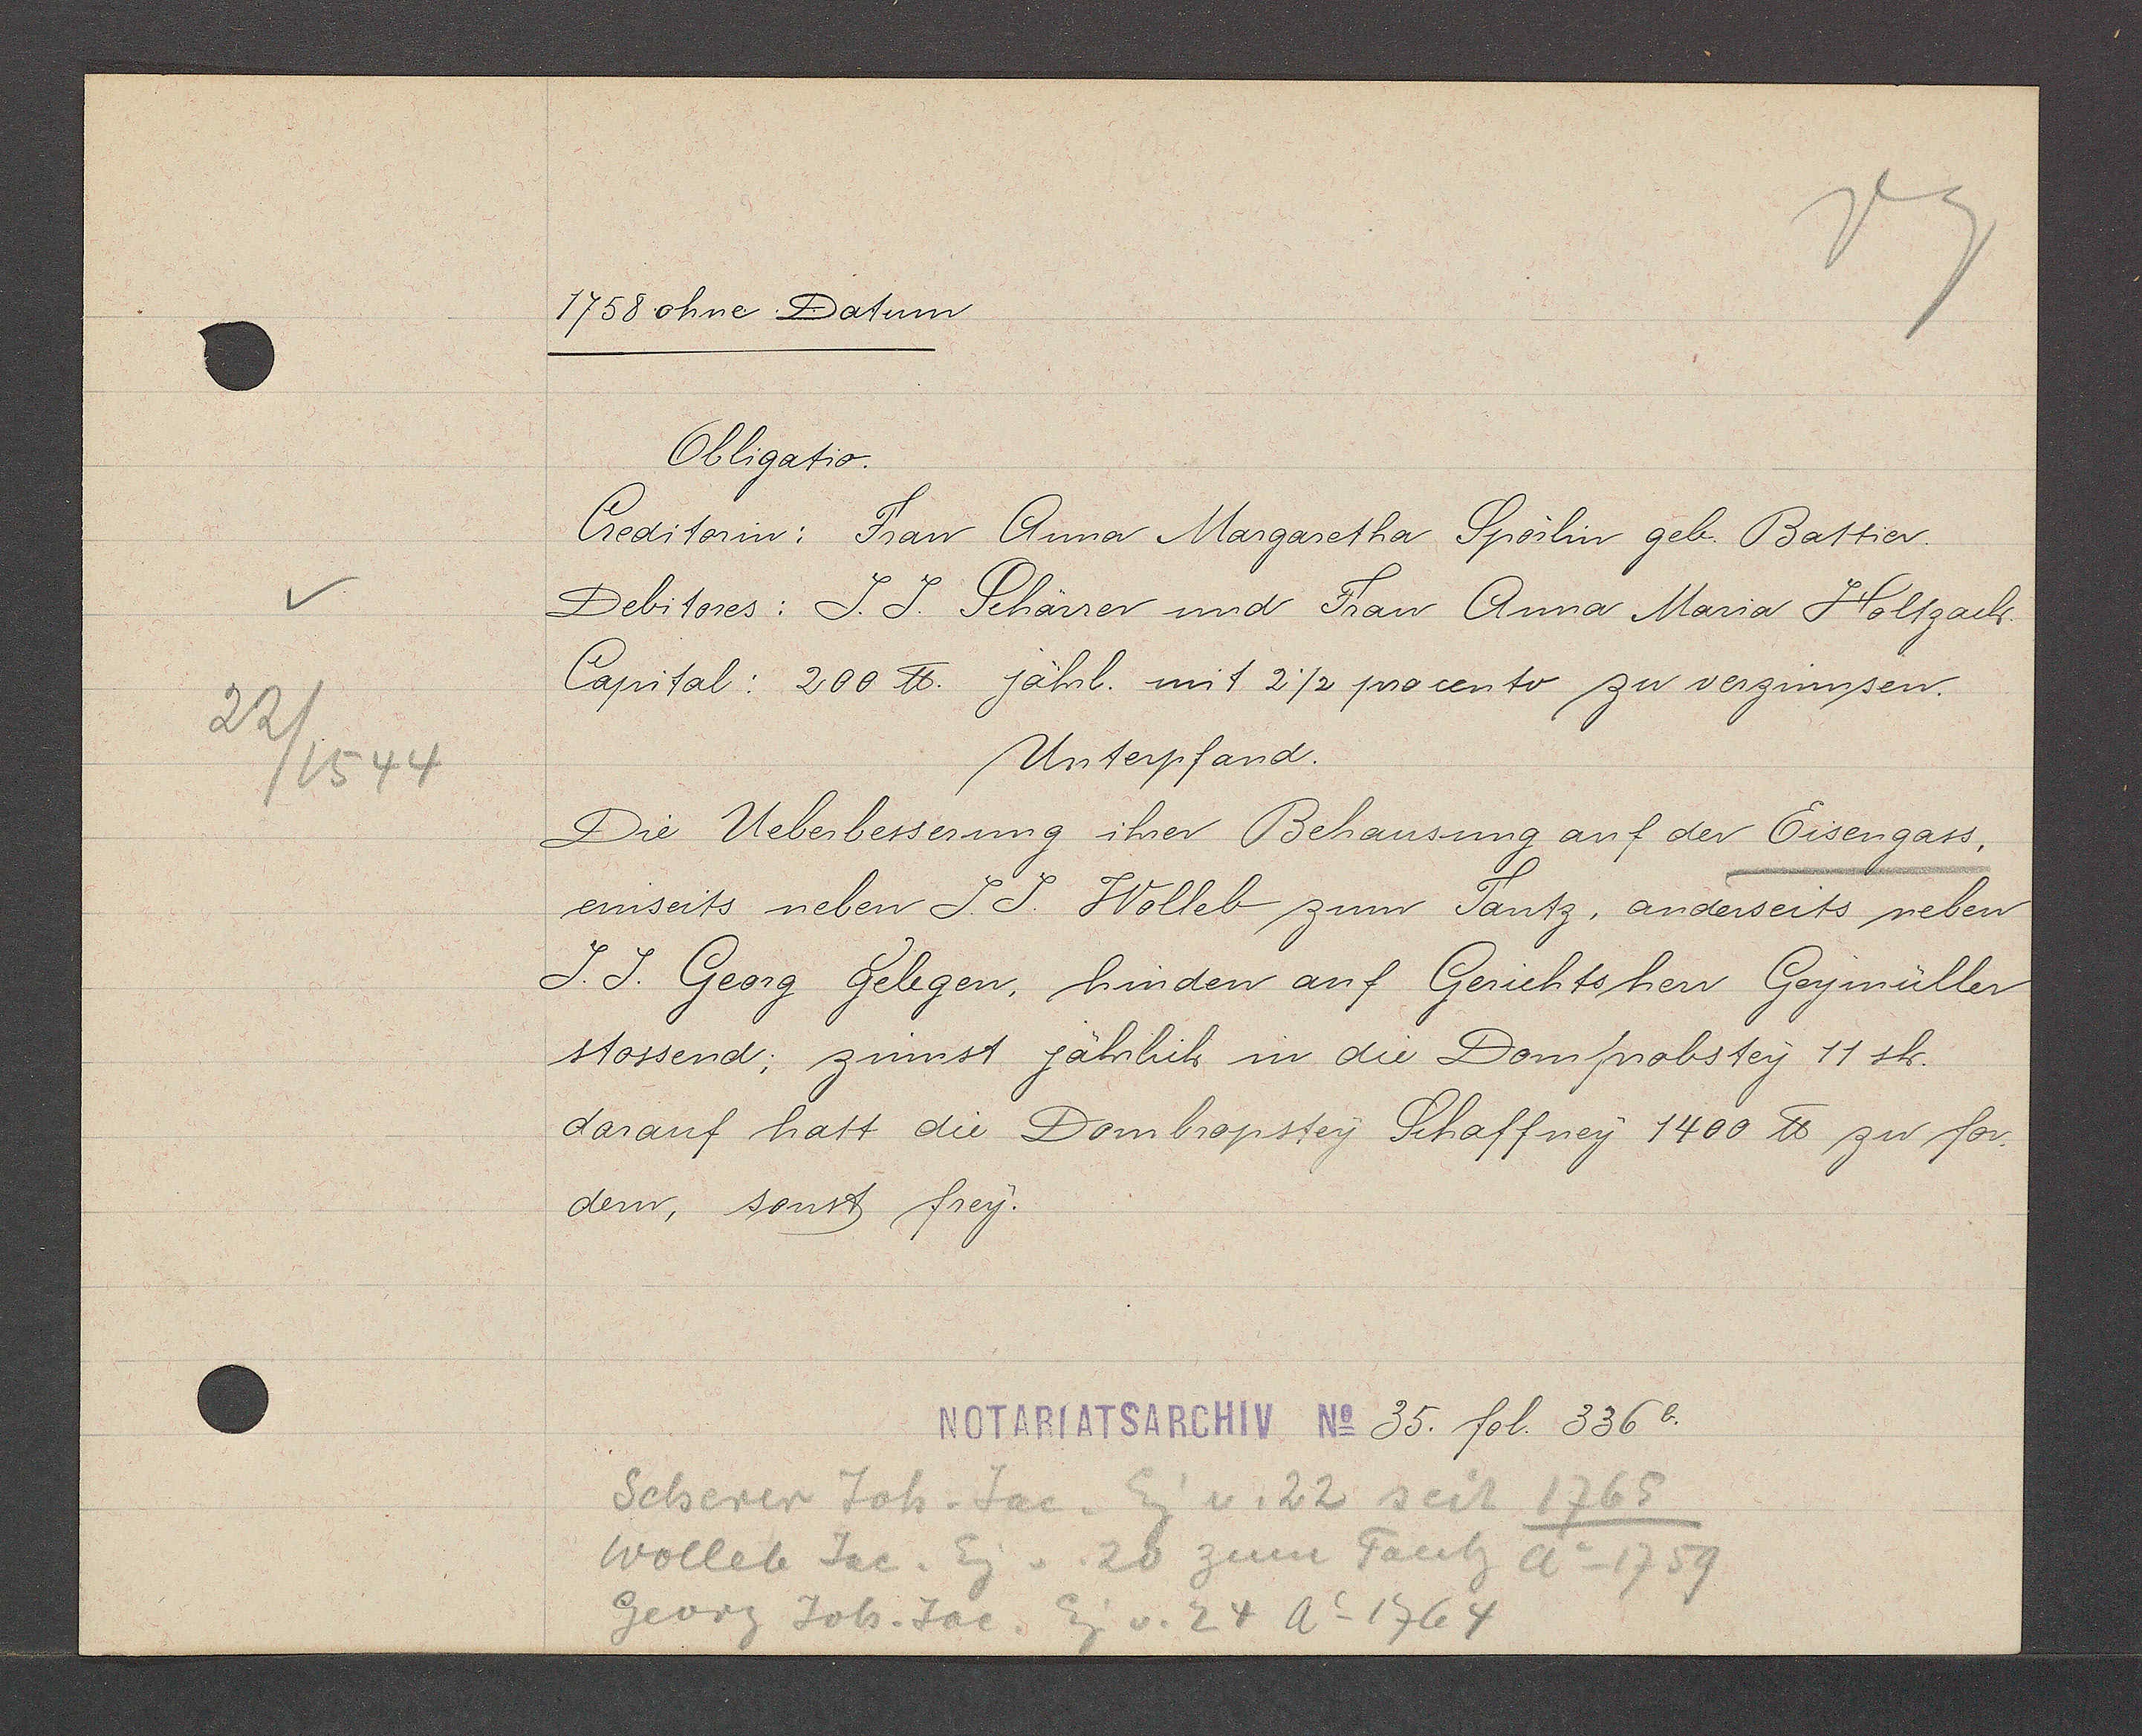
Transcript:
22/1544

1758 ohne Datum
Obligatio.
Creditorin: Frau Anna Margaretha Spörlin geb. Battier.
Debitores: J. J. Schärrer und Frau Anna Maria Holtzach
Capital: 200 ℔. jährl. mit 2½ procento zu verzinnsen.
Unterpfand.
Die Ueberbesserung ihrer Behausung auf der Eisengass.
einseits neben J. J. Wolleb zum Tantz, anderseits neben
J. J. Georg Gelegen, hinden auf Gerichtsherr Geymüller
stossend; zinnst jährlich in die Domprobstey 11 sh.
darauf hatt die Dombropstey Schaffney 1400 ℔ zu for-
dern, sonst frey.
35. fol. 336b.
Scherer Joh. Jac. Eig v. 22 seit 1765
Wolleb Jac. Eg v. 20 zum Tantz Ao 1759
Georg Joh. Jac. Eg. v. 24 Ao 1767